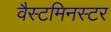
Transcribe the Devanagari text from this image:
वैस्टमिनस्टर